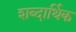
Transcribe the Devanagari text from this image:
शब्दार्थिक